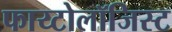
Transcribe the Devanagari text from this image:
फाय्टोलॉजिस्ट